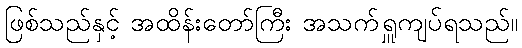
ဖြစ်သည်နှင့် အထိန်းတော်ကြီး အသက်ရှူကျပ်ရသည်။